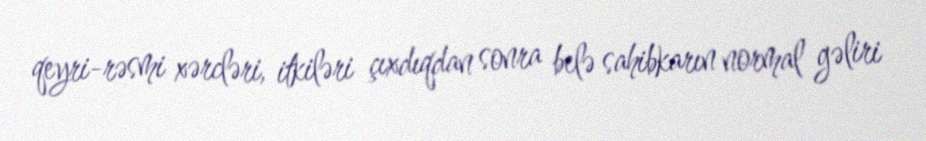
qeyri-rəsmi xərcləri, itkiləri çıxdıqdan sonra belə sahibkarın normal gəliri